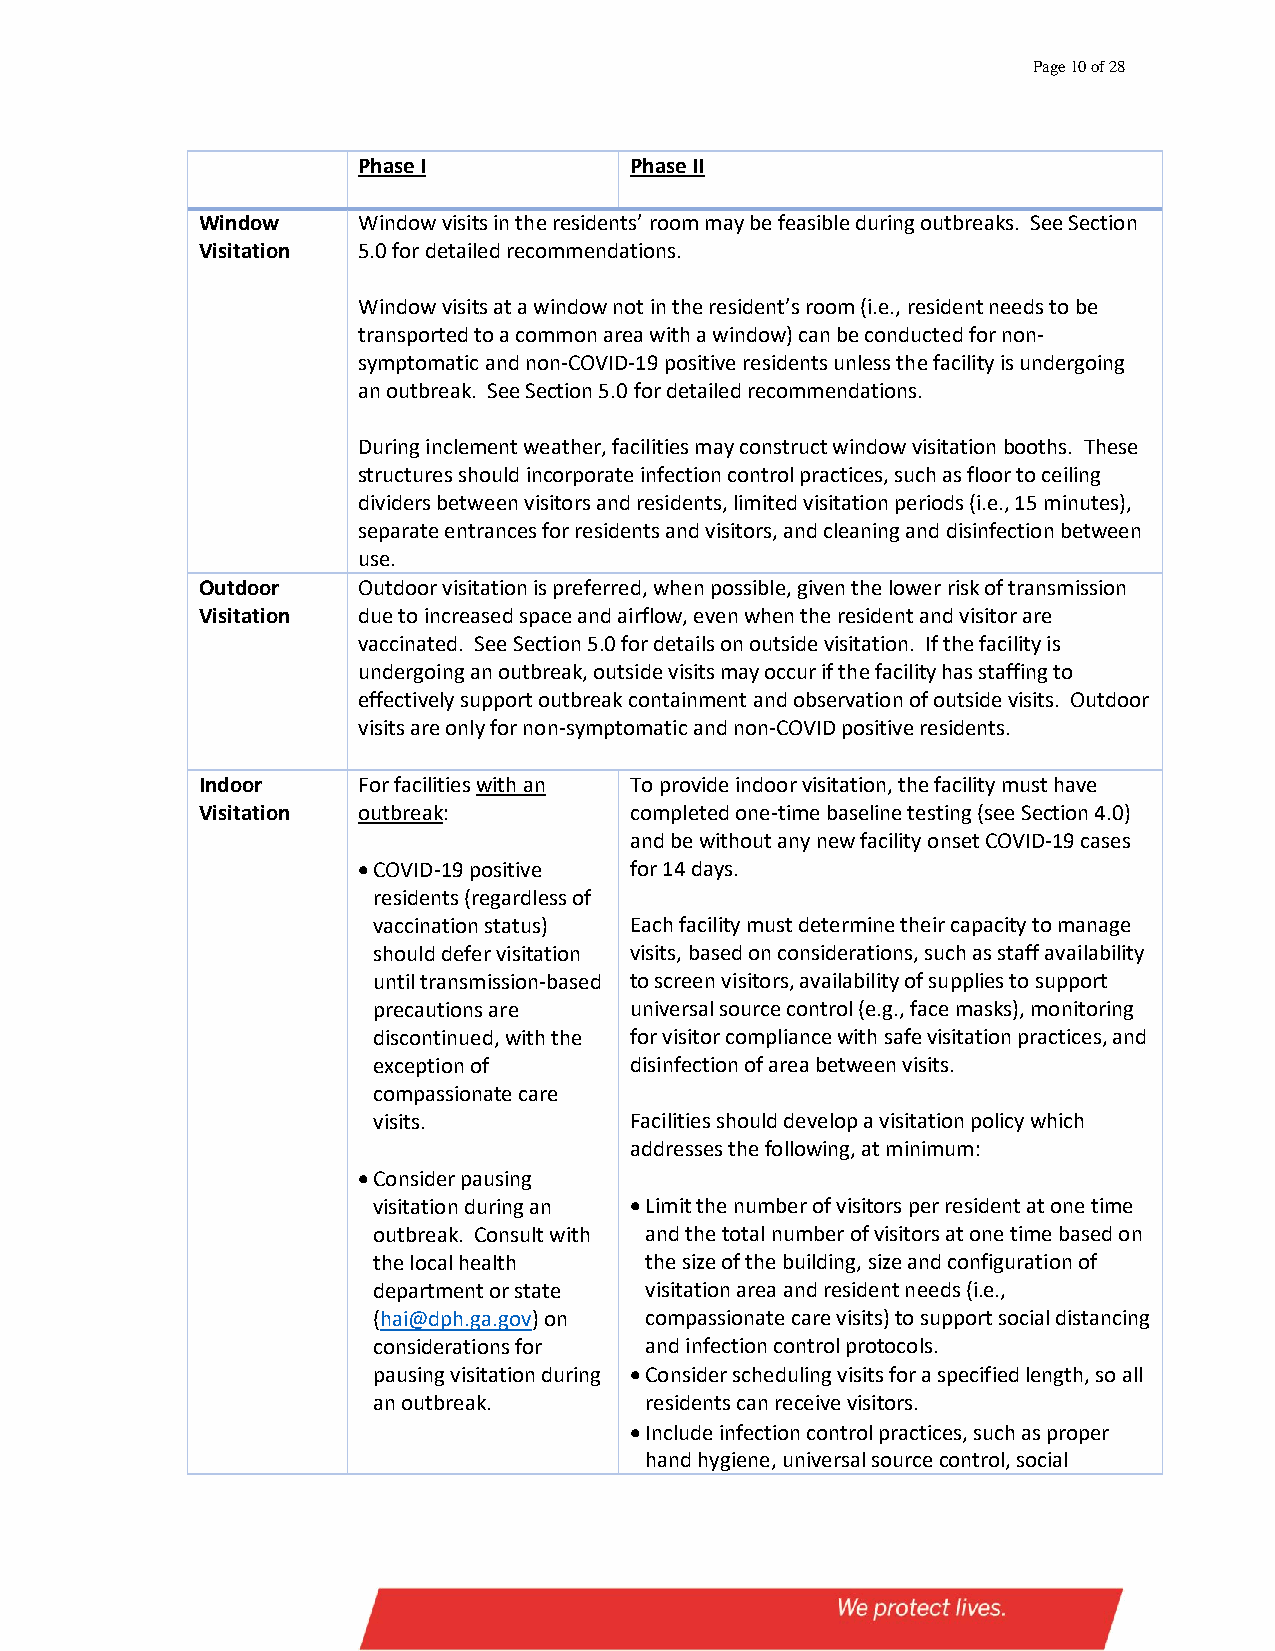
Page 10 of 28
 Phase I           Phase II
 Window     Window visits in the residents’ room may be feasible during outbreaks. See Section
 Visitation 5.0 for detailed recommendations.
 Window visits at a window not in the resident’s room (i.e., resident needs to be
 transported to a common area with a window) can be conducted for non-
 symptomatic and non-COVID-19 positive residents unless the facility is undergoing
 an outbreak. See Section 5.0 for detailed recommendations.
 During inclement weather, facilities may construct window visitation booths. These
 structures should incorporate infection control practices, such as floor to ceiling
 dividers between visitors and residents, limited visitation periods (i.e., 15 minutes),
 separate entrances for residents and visitors, and cleaning and disinfection between
 use.
 Outdoor    Outdoor visitation is preferred, when possible, given the lower risk of transmission
 Visitation due to increased space and airflow, even when the resident and visitor are
 vaccinated. See Section 5.0 for details on outside visitation. If the facility is
 undergoing an outbreak, outside visits may occur if the facility has staffing to
 effectively support outbreak containment and observation of outside visits. Outdoor
 visits are only for non-symptomatic and non-COVID positive residents.
 Indoor     For facilities with an To provide indoor visitation, the facility must have
 Visitation outbreak:         completed one-time baseline testing (see Section 4.0)
 and be without any new facility onset COVID-19 cases
 • COVID-19 positive for 14 days.
 residents (regardless of
 vaccination status) Each facility must determine their capacity to manage
 should defer visitation visits, based on considerations, such as staff availability
 until transmission-based to screen visitors, availability of supplies to support
 precautions are  universal source control (e.g., face masks), monitoring
 discontinued, with the for visitor compliance with safe visitation practices, and
 exception of     disinfection of area between visits.
 compassionate care
 visits.          Facilities should develop a visitation policy which
 addresses the following, at minimum:
 • Consider pausing
 visitation during an • Limit the number of visitors per resident at one time
 outbreak. Consult with and the total number of visitors at one time based on
 the local health  the size of the building, size and configuration of
 department or state visitation area and resident needs (i.e.,
 (hai@dph.ga.gov) on compassionate care visits) to support social distancing
 considerations for and infection control protocols.
 pausing visitation during • Consider scheduling visits for a specified length, so all
 an outbreak.      residents can receive visitors.
 • Include infection control practices, such as proper
 hand hygiene, universal source control, social